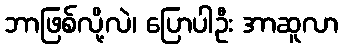
ဘာဖြစ်လို့လဲ၊ ပြောပါဦး အာဆူလာ